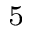
^ 5